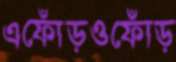
এফোঁড়ওফোঁড়